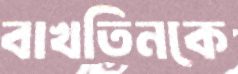
বাখতিনকে